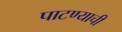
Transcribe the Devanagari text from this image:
पाटण्याची